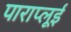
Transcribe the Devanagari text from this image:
पाराप्लूई